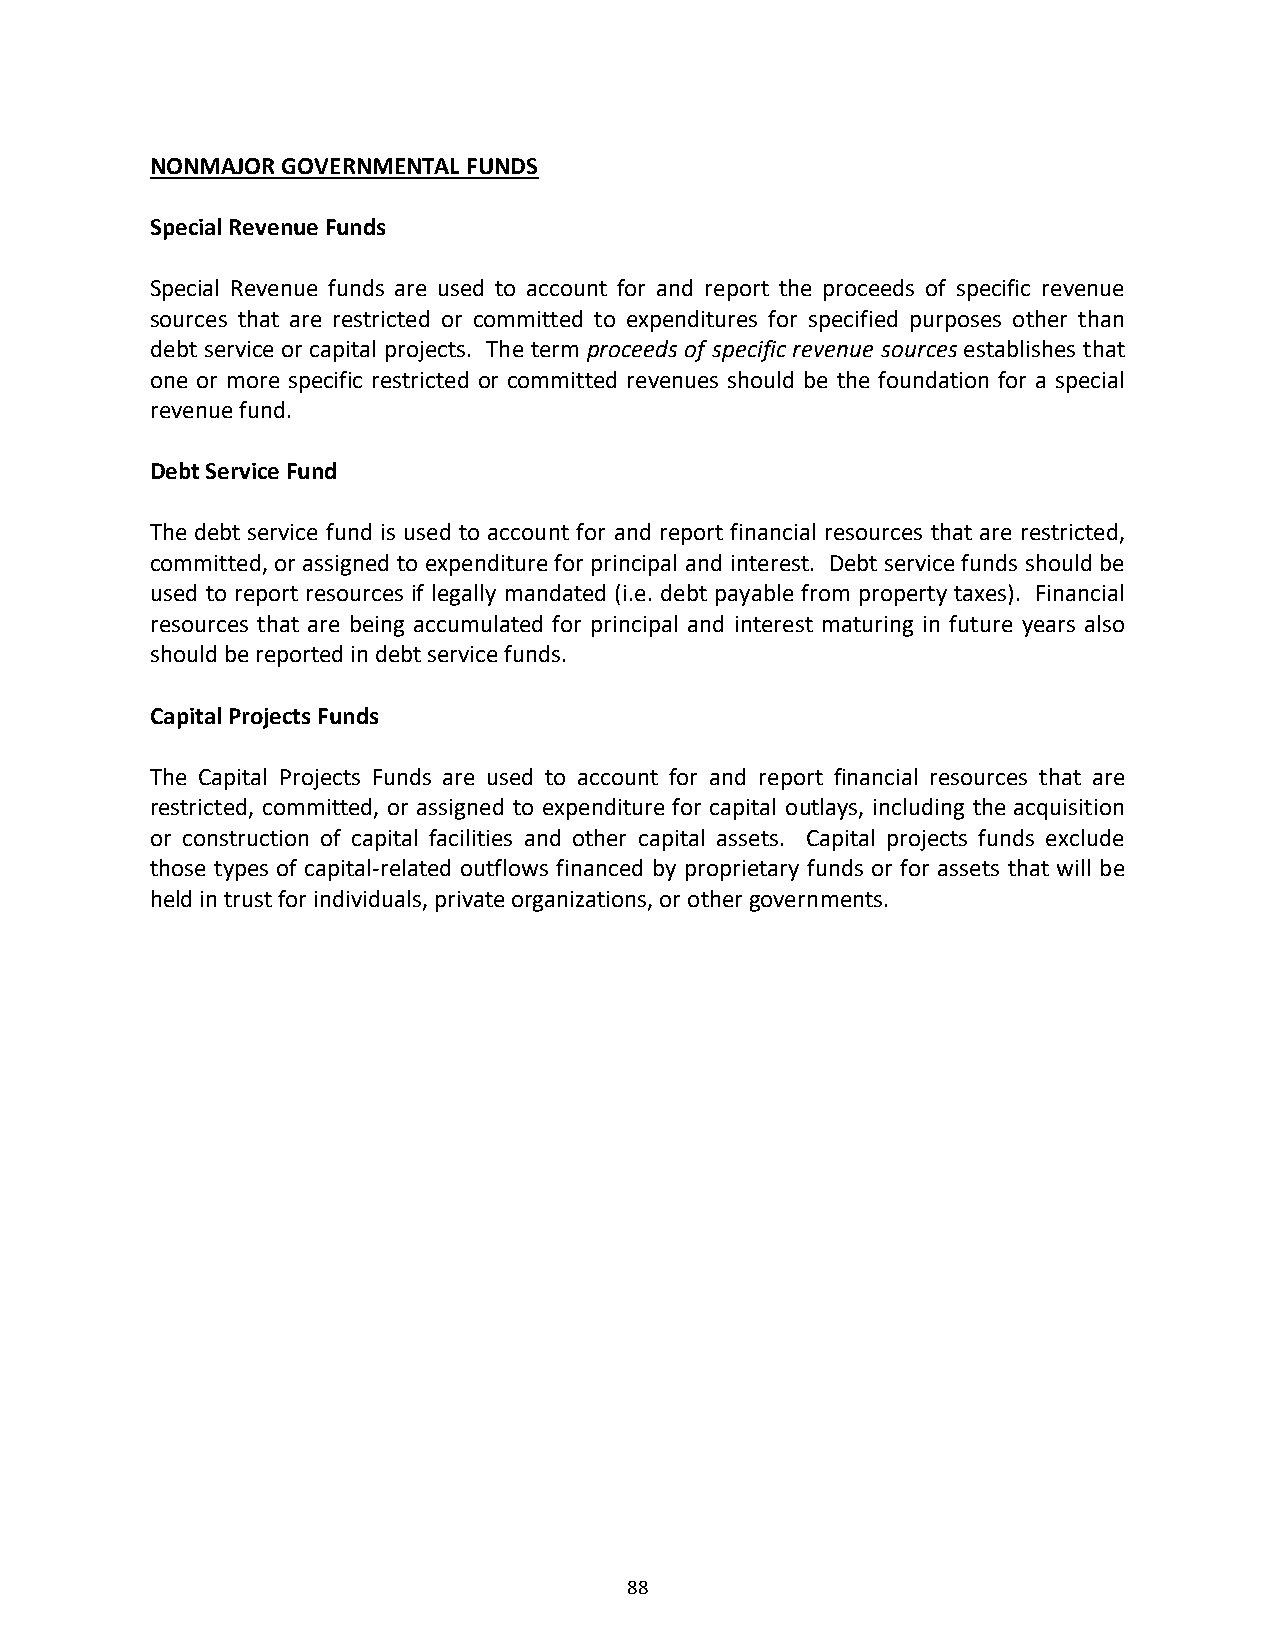
NONMAJOR GOVERNMENTAL FUNDS
 Special Revenue Funds
 Special Revenue funds are used to account for and report the proceeds of specific revenue
 sources that are restricted or committed to expenditures for specified purposes other than
 debt service or capital projects. The term proceeds of specific revenue sources establishes that
 one or more specific restricted or committed revenues should be the foundation for a special
 revenue fund.
 Debt Service Fund
 The debt service fund is used to account for and report financial resources that are restricted,
 committed, or assigned to expenditure for principal and interest. Debt service funds should be
 used to report resources if legally mandated (i.e. debt payable from property taxes). Financial
 resources that are being accumulated for principal and interest maturing in future years also
 should be reported in debt service funds.
 Capital Projects Funds
 The Capital Projects Funds are used to account for and report financial resources that are
 restricted, committed, or assigned to expenditure for capital outlays, including the acquisition
 or construction of capital facilities and other capital assets. Capital projects funds exclude
 those types of capital‐related outflows financed by proprietary funds or for assets that will be
 held in trust for individuals, private organizations, or other governments.
 88